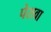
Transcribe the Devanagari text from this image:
पेरावा